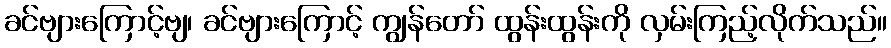
ခင်ဗျားကြောင့်ဗျ၊ ခင်ဗျားကြောင့် ကျွန်တော် ထွန်းထွန်းကို လှမ်းကြည့်လိုက်သည်။